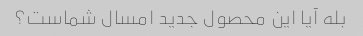
بله آیا این محصول جدید امسال شماست؟